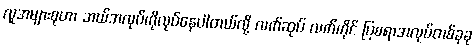
လူအများစုဟာ ဘယ်အလုပ်ကိုလုပ်နေပါတယ်လို့ လက်ဆုပ် လက်ကိုင် ပြစရာအလုပ်တစ်ခုခု